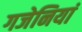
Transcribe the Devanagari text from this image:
गजेनियां